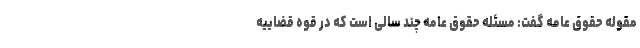
مقوله حقوق عامه گفت: مسئله حقوق عامه چند سالی است که در قوه قضاییه